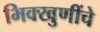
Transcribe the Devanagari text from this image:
भिक्खुणींचे